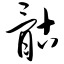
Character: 骷